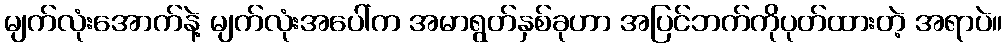
မျက်လုံးအောက်နဲ့ မျက်လုံးအပေါ်က အမာရွတ်နှစ်ခုဟာ အပြင်ဘက်ကိုပုတ်ထားတဲ့ အရာပဲ။